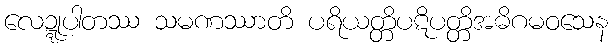
လေဍ္ဍုပါတဿ သမဏဿာတိ ပရိယတ္တိပဋိပတ္တိအဓိဂမဝသေန